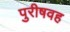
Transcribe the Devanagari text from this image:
पुरीषवह